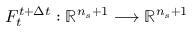
F _ { t } ^ { t + \Delta t } : \mathbb { R } ^ { n _ { s } + 1 } \longrightarrow \mathbb { R } ^ { n _ { s } + 1 }